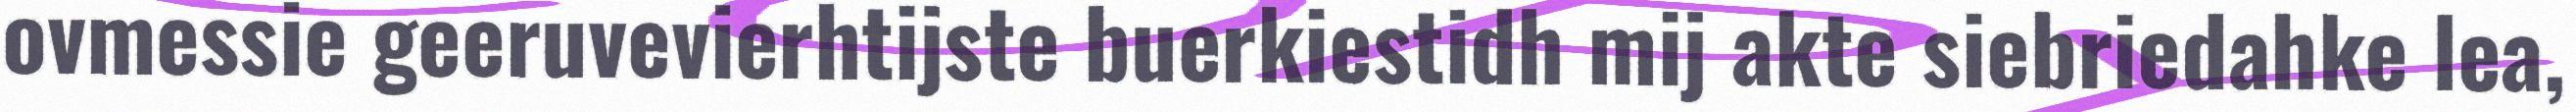
ovmessie geeruvevierhtijste buerkiestidh mij akte siebriedahke lea,